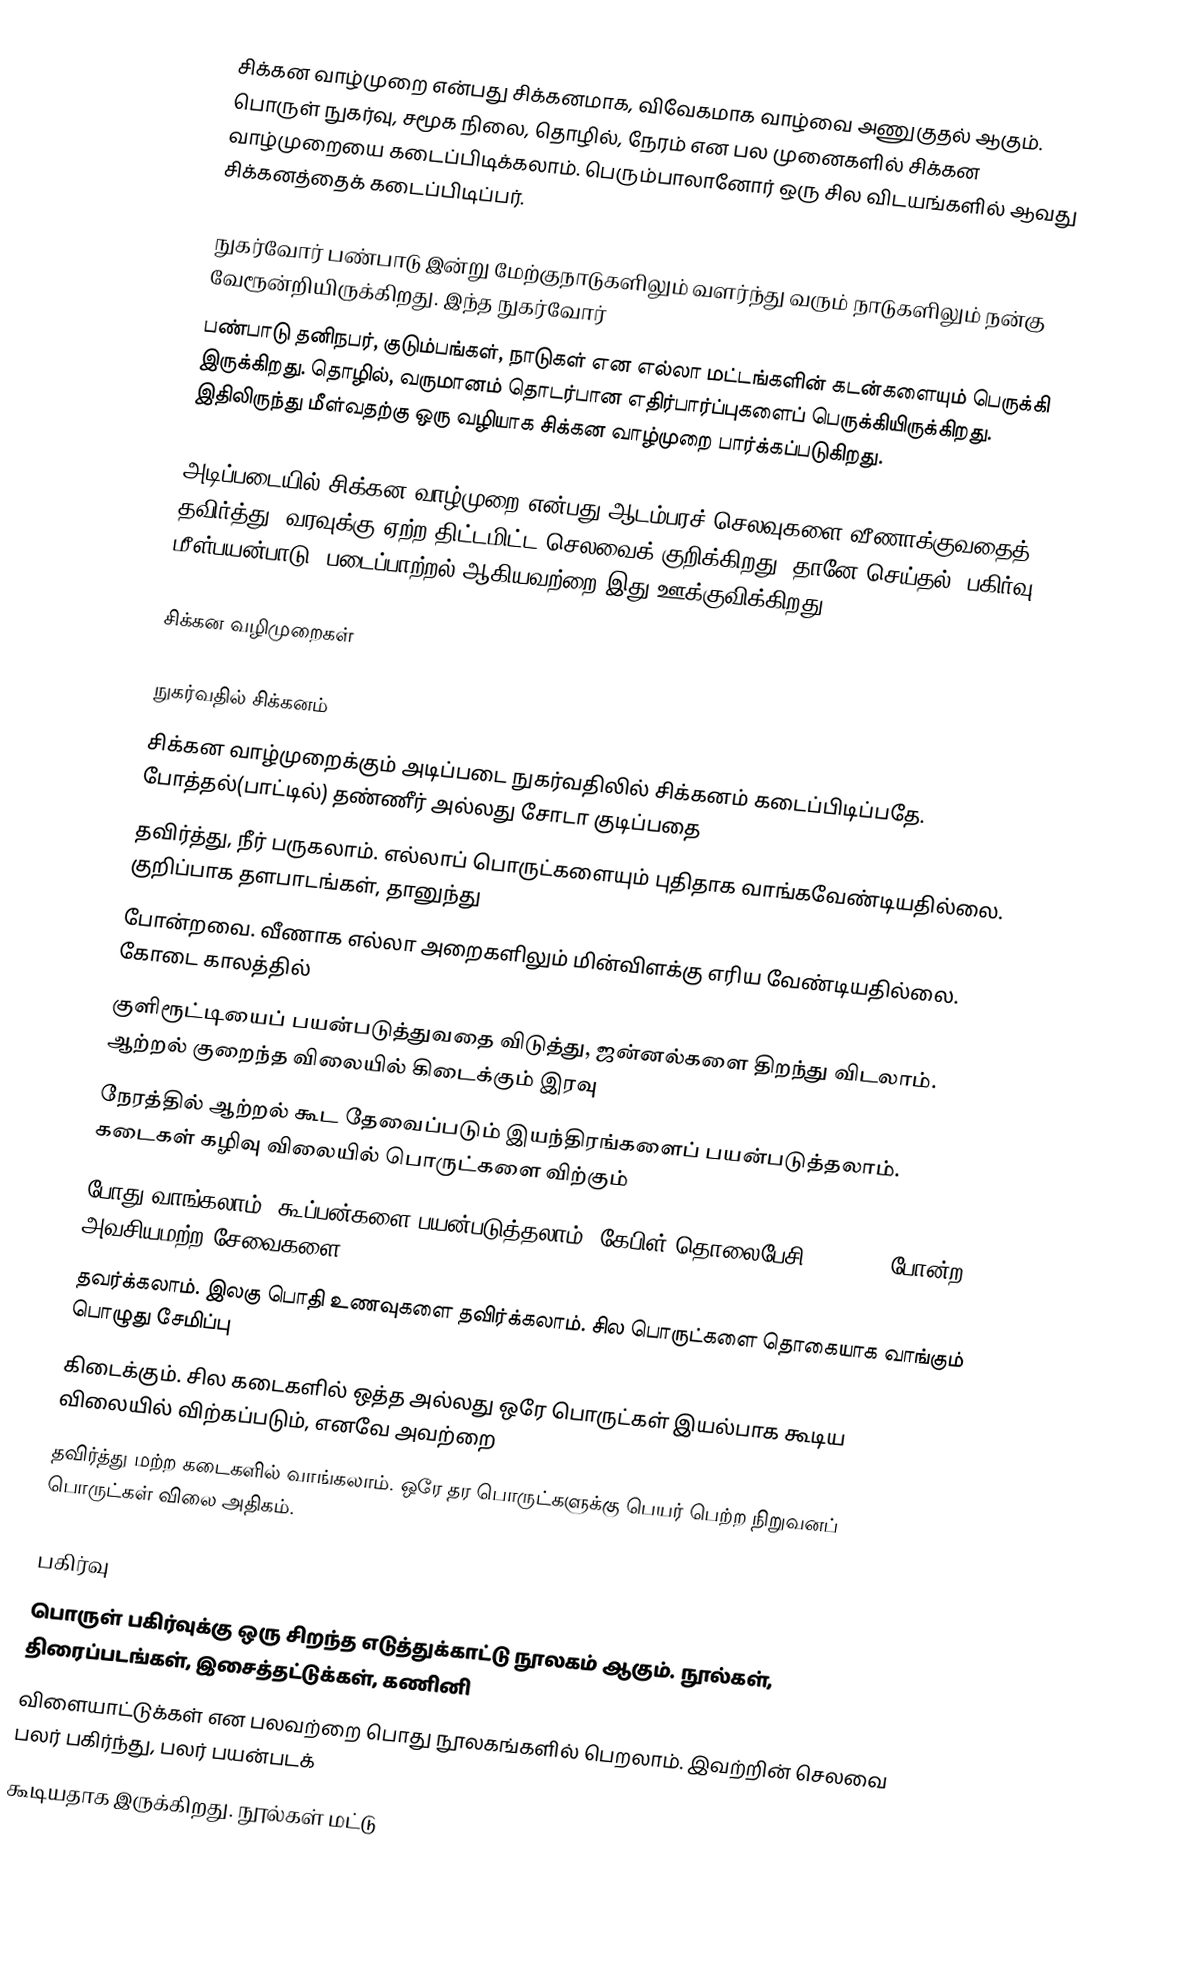
சிக்கன வாழ்முறை என்பது சிக்கனமாக, விவேகமாக வாழ்வை அணுகுதல் ஆகும்.  பொருள் நுகர்வு, சமூக நிலை, தொழில், நேரம் என பல முனைகளில் சிக்கன வாழ்முறையை கடைப்பிடிக்கலாம்.  பெரும்பாலானோர் ஒரு சில விடயங்களில் ஆவது சிக்கனத்தைக் கடைப்பிடிப்பர்.

நுகர்வோர் பண்பாடு இன்று மேற்குநாடுகளிலும் வளர்ந்து வரும் நாடுகளிலும் நன்கு வேரூன்றியிருக்கிறது.  இந்த நுகர்வோர்
பண்பாடு தனிநபர், குடும்பங்கள், நாடுகள் என எல்லா மட்டங்களின் கடன்களையும் பெருக்கி இருக்கிறது.  தொழில், வருமானம் தொடர்பான எதிர்பார்ப்புகளைப் பெருக்கியிருக்கிறது.  இதிலிருந்து மீள்வதற்கு ஒரு வழியாக சிக்கன வாழ்முறை பார்க்கப்படுகிறது.

அடிப்படையில் சிக்கன வாழ்முறை என்பது ஆடம்பரச் செலவுகளை வீணாக்குவதைத் தவிர்த்து, வரவுக்கு ஏற்ற திட்டமிட்ட செலவைக் குறிக்கிறது.  தானே செய்தல், பகிர்வு, மீள்பயன்பாடு, படைப்பாற்றல் ஆகியவற்றை இது ஊக்குவிக்கிறது.

சிக்கன வழிமுறைகள்

நுகர்வதில் சிக்கனம்
சிக்கன வாழ்முறைக்கும் அடிப்படை நுகர்வதிலில் சிக்கனம் கடைப்பிடிப்பதே.  போத்தல்(பாட்டில்) தண்ணீர் அல்லது சோடா குடிப்பதை
தவிர்த்து, நீர் பருகலாம்.  எல்லாப் பொருட்களையும் புதிதாக வாங்கவேண்டியதில்லை.  குறிப்பாக தளபாடங்கள், தானுந்து
போன்றவை.  வீணாக எல்லா அறைகளிலும் மின்விளக்கு எரிய வேண்டியதில்லை.  கோடை காலத்தில்
குளிரூட்டியைப் பயன்படுத்துவதை விடுத்து, ஜன்னல்களை திறந்து விடலாம்.  ஆற்றல் குறைந்த விலையில் கிடைக்கும் இரவு
நேரத்தில் ஆற்றல் கூட தேவைப்படும் இயந்திரங்களைப் பயன்படுத்தலாம்.  கடைகள் கழிவு விலையில் பொருட்களை விற்கும்
போது வாங்கலாம்.  கூப்பன்களை பயன்படுத்தலாம்.  கேபிள் தொலைபேசி Features போன்ற அவசியமற்ற சேவைகளை
தவர்க்கலாம்.  இலகு பொதி உணவுகளை தவிர்க்கலாம்.  சில பொருட்களை தொகையாக வாங்கும் பொழுது சேமிப்பு
கிடைக்கும்.  சில கடைகளில் ஒத்த அல்லது ஒரே பொருட்கள் இயல்பாக கூடிய விலையில் விற்கப்படும், எனவே அவற்றை
தவிர்த்து மற்ற கடைகளில் வாங்கலாம்.  ஒரே தர பொருட்களுக்கு பெயர் பெற்ற நிறுவனப் பொருட்கள் விலை அதிகம்.

பகிர்வு
பொருள் பகிர்வுக்கு ஒரு சிறந்த எடுத்துக்காட்டு நூலகம் ஆகும்.  நூல்கள், திரைப்படங்கள், இசைத்தட்டுக்கள், கணினி
விளையாட்டுக்கள் என பலவற்றை பொது நூலகங்களில் பெறலாம்.  இவற்றின் செலவை பலர் பகிர்ந்து, பலர் பயன்படக்
கூடியதாக இருக்கிறது.  நூல்கள் மட்டு